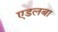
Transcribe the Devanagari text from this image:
एडलबा